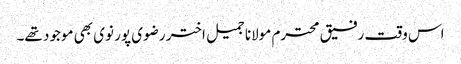
اس وقت رفیق محترم مولانا جمیل اختر رضوی پور نوی بھی موجود تھے۔